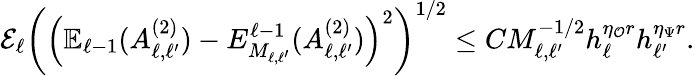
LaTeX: \begin{array}{r}{\mathcal{E}_{\ell}\left(\left(\mathbb{E}_{\ell-1}(A_{\ell,\ell^{\prime}}^{(2)})-E_{M_{\ell,\ell^{\prime}}}^{\ell-1}(A_{\ell,\ell^{\prime}}^{(2)})\right)^{2}\right)^{1/2}\le CM_{\ell,\ell^{\prime}}^{-1/2}h_{\ell}^{\eta_{\mathcal{O}}r}h_{\ell^{\prime}}^{\eta_{\Psi}r}.}\end{array}